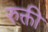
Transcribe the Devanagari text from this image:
रुक्ती